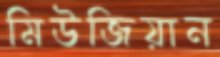
মিউজিয়ান